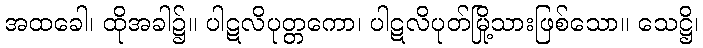
အထခေါ၊ ထိုအခါ၌။ ပါဋလိပုတ္တကော၊ ပါဋလိပုတ်မြို့သားဖြစ်သော။ သေဋ္ဌိ၊